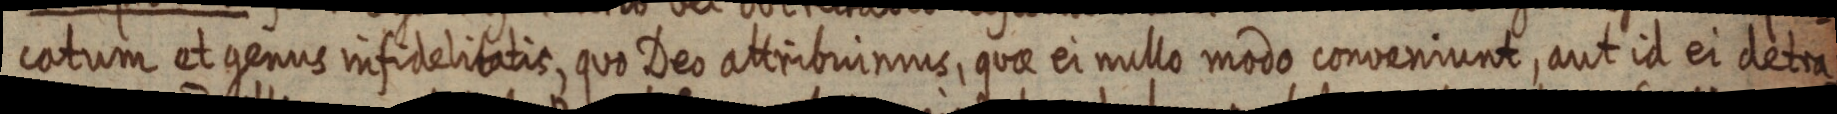
catum et genus infidelitatis, quo Deo attribuimus, quae ei mullo modo conveniunt, aut id ei detra